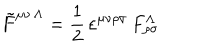
{ \tilde { F } } ^ { \mu \nu \, \Lambda } = { \frac { 1 } { 2 } } \, \varepsilon ^ { \mu \nu \rho \sigma } \, F _ { \rho \sigma } ^ { \Lambda }